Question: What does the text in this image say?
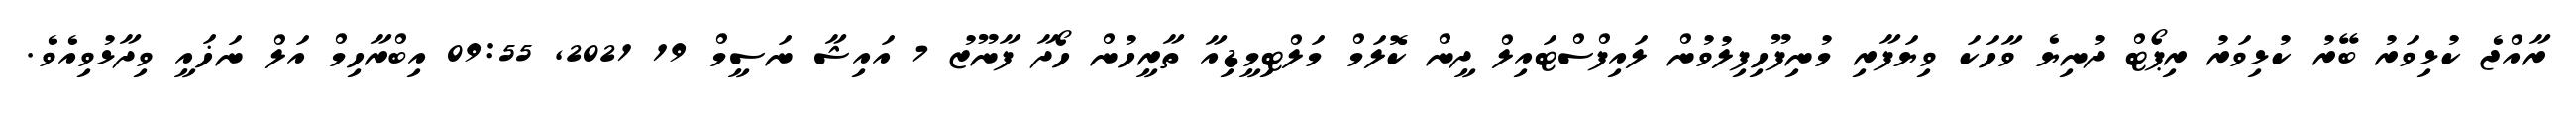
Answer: ރާއްޖެ ކުޅިވަރު ބޭރު ކުޅިވަރު ރިޕޯޓް ދުނިޔެ ވާހަކަ ވިޔަފާރި މުނިފޫހިފިލުވުން ލައިފްސްޓައިލް ދީން ކޮލަމް މަލްޓިމީޑިއާ ތާރީހުން ހޯދާ ފާނޫޒު 7 އައިޝާ ނަސީމް 19 2021, 09:55 އިބްރާހިމް އަލް ނަޚައީ ވިދާޅުވިއެވެ.